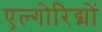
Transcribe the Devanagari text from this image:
एल्गोरिद्मों